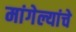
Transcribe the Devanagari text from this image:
मांगेल्यांचे